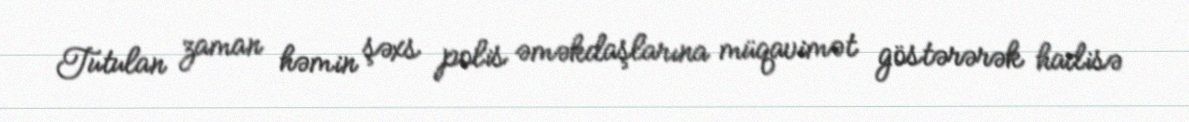
Tutulan zaman həmin şəxs polis əməkdaşlarına müqavimət göstərərək hadisə